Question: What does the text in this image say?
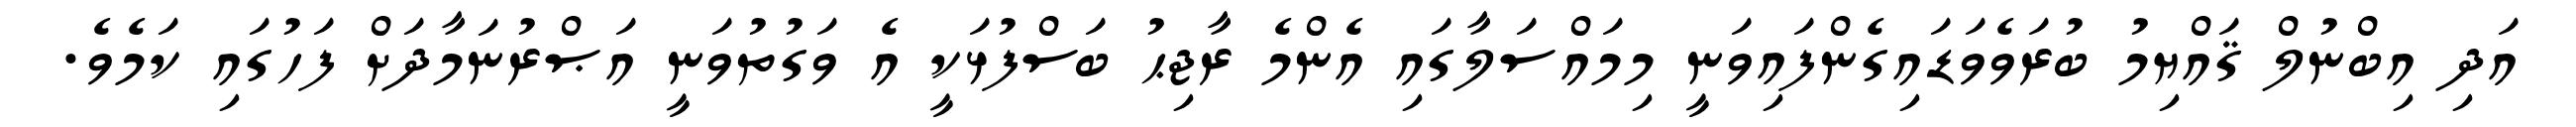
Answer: އަދި އިބްނުލް ޤައްޔިމު ބުރަވެވަޑައިގެންފައިވަނީ މިމައްސަލާގައި އެންމެ ރާޖިޙު ބަސްފުޅަކީ އެ ވަގުތުވަނީ އަޞްރުނަމާދަށް ފަހުގައި ކަމެވެ.